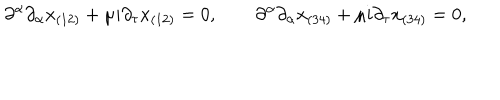
LaTeX: \partial ^ { \alpha } \partial _ { \alpha } x _ { ( 1 2 ) } + \mu i \partial _ { \tau } x _ { ( 1 2 ) } = 0 , \qquad \partial ^ { \alpha } \partial _ { \alpha } x _ { ( 3 4 ) } + \mu i \partial _ { \tau } x _ { ( 3 4 ) } = 0 ,